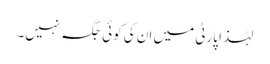
لہٰذا پارٹی میں ان کی کوئی جگہ نہیں۔